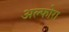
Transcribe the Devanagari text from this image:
अल्फोरा